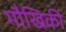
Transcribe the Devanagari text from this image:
मौखिकी